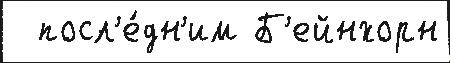
  посл'е́дн'им Б'ейнхорн